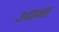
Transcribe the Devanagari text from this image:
उदाना